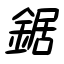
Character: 鋸